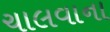
ચાલવાના